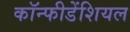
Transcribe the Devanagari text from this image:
कॉन्फीडेंशियल